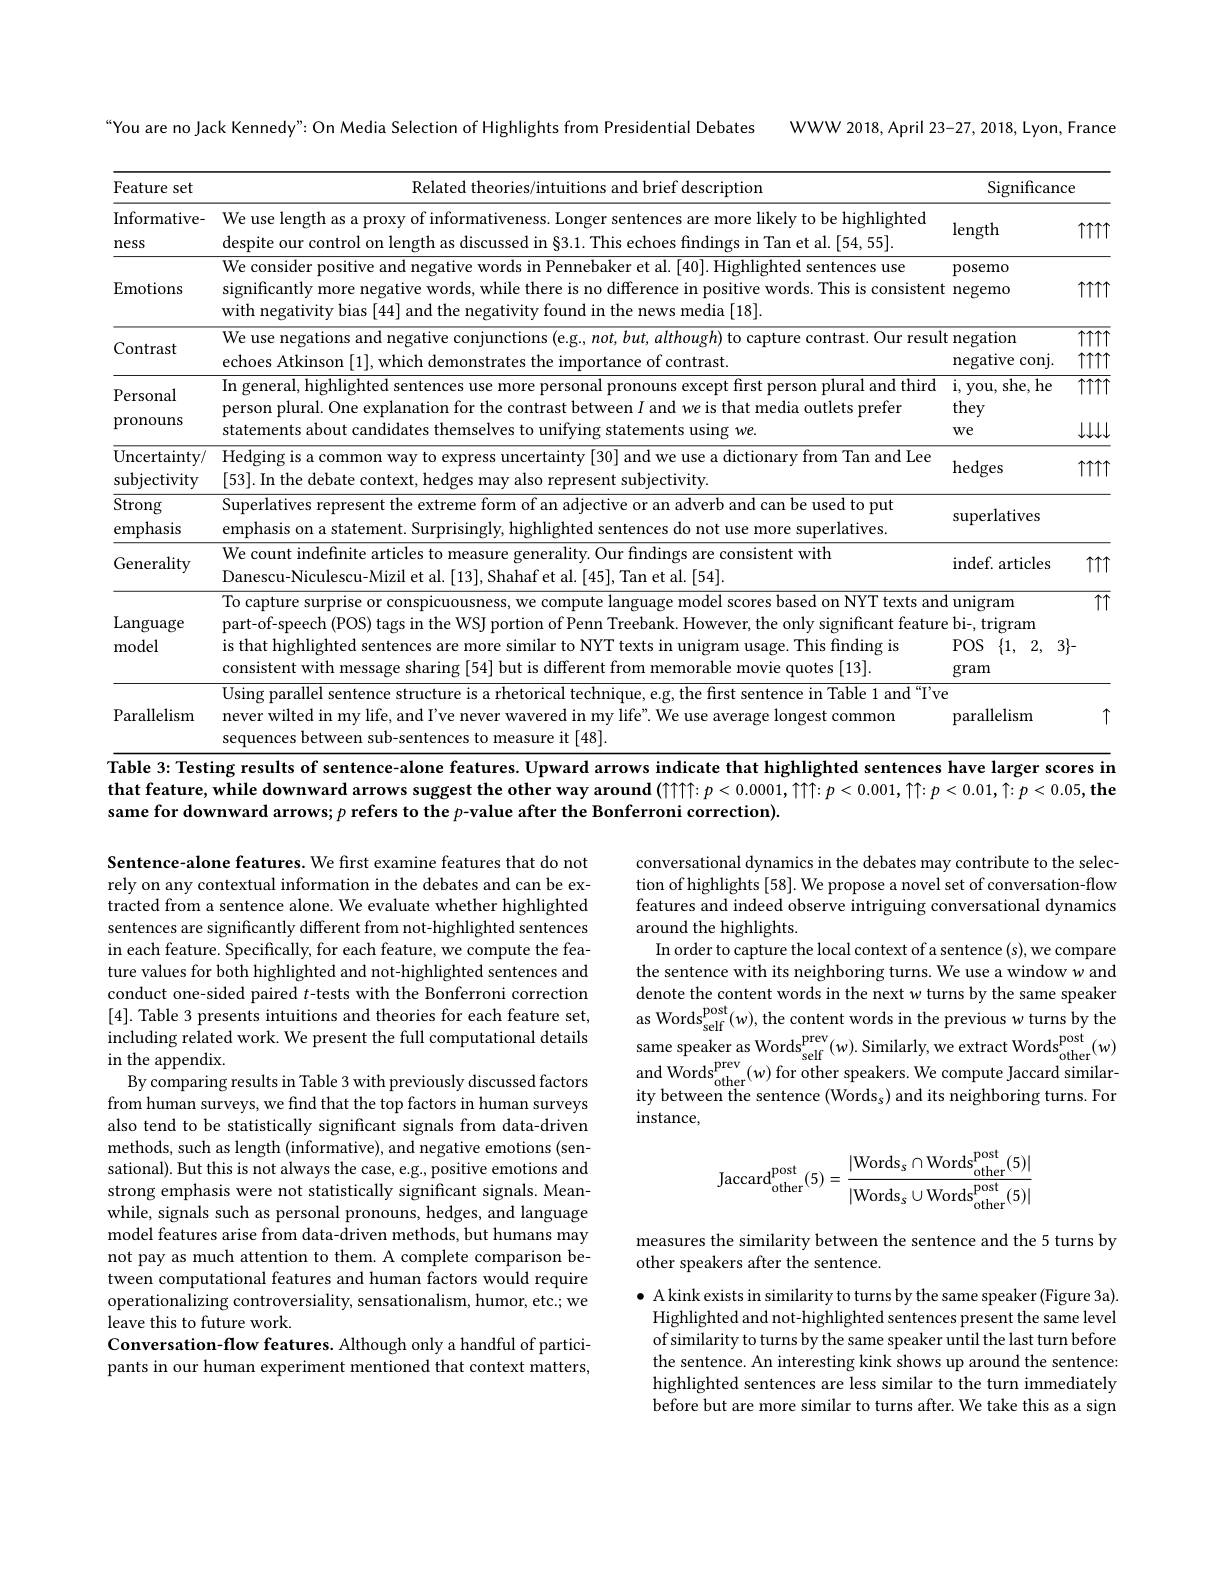
WWW 2018, April 23-27, 2018, Lyon, France

You are no Jack Kennedy" On Media Selection of Highlights from Presidential Debates

<table>
	<tbody>
		<tr>
			<th>Feature set</th>
			<th rowspan="1">eature set Related theories/intuitions and brief description</th>
			<th>Significande</th>
			<th rowspan="1">Significance</th>
		</tr>
		<tr>
			<th>Informative- ness</th>
			<th>We use length as a proxy of informativeness. Longer sentences are more likely to be highlighted despite our control on length as discussed in 83.1. This echoes findings in Tan et al.[54,55]</th>
			<th>length</th>
			<th>$\uparrow\uparrow\uparrow\uparrow\uparrow$</th>
		</tr>
		<tr>
			<td>Emotions</td>
			<td>We consider positive and negative words in Pennebaker et al. [40]. Highlighted sentences use significantly more negative words, while there is no difference in positive words. This is consistent with negativity bias [44] and the negativity found in the news media [18].</td>
			<td>posemo negemo</td>
			<td>$\uparrow\uparrow\uparrow\uparrow\uparrow$</td>
		</tr>
		<tr>
			<td>Contrast</td>
			<td>We use negations and negative conjunctions (e.g., not, but, although) to capture contrast. Our resulte stion ( echoes Atkinson [1],which demonstrates the importance of contrast</td>
			<td>t negation negative conj.</td>
			<td>$\overline{\uparrow\uparrow\uparrow\uparrow}$ $\uparrow\uparrow\uparrow\uparrow\uparrow$</td>
		</tr>
		<tr>
			<td>Personal pronouns</td>
			<td>In general, highlighted sentences use more personal pronouns except first person plural and third person plural. One explanation for the contrast between $I$ and we is that media outlets prefer statements about candidates themselves to unifying statements using we.</td>
			<td>i, you, she, he they $We$</td>
			<td>$\overline{\uparrow\uparrow\uparrow\uparrow}$ $\downarrow\downarrow\downarrow\downarrow$</td>
		</tr>
		<tr>
			<td>Uncertainty/ subjectivity</td>
			<td>Hedging is a common way to express uncertainty [30] and we use a dictionary from Tan and Lee 53|. In the debate context, hedges may also represent subjectivitv</td>
			<td>hedges</td>
			<td>$\uparrow\uparrow\uparrow\uparrow\uparrow$</td>
		</tr>
		<tr>
			<td>Strong emphasis</td>
			<td>Superlatives represent the extreme form of an adjective or an adverb and can be used to put emphasis on a statement. Surprisingly, highlighted sentences do not use more superlatives</td>
			<td>superlatives</td>
			<td> </td>
		</tr>
		<tr>
			<td>Generality</td>
			<td>We count indefinite articles to measure generality. Our findings are consistent with Danescu-Niculescu-Mizil et al.[13], Shahaf et al.[45], Tan et al.[54]</td>
			<td>indef. articles</td>
			<td>$\uparrow\uparrow\uparrow\uparrow$</td>
		</tr>
		<tr>
			<td>$\operatorname{Language}$ model</td>
			<td>To capture surprise or conspicuousness, we compute language model scores based on NYT texts and part-of-speech (POS) tags in the WSJ portion of Penn Treebank. However, the only significant featuro is that highlighted sentences are more similar to NYT texts in unigram usage. This finding is consistent with message sharing $\{54\}$ but is different from memorable movie quotes [13].</td>
			<td>${\textbf{1 unigram}}$ ${\mathrm{e~bi-,~trigram}}$ $\{ 1$, 2 $POS$ 2, gram</td>
			<td>$\uparrow\uparrow$ $\{-$</td>
		</tr>
		<tr>
			<td>Parallelism</td>
			<td>Using parallel sentence structure is a rhetorical technique, e.g, the first sentence in Table 1 and "Ve never wilted in my life, and I've never wavered in my life". We use average longest common sub-sentence sure it[48]</td>
			<td>3 parallelism</td>
			<td>$\uparrow$</td>
		</tr>
	</tbody>
</table>
Table 3: Testing results of sentence-alone features. Upward arrows indicate that highlighted sentences have larger scores in

that feature, while downward arrows suggest the other way around $(\bigcap\bigcap\bigcap\cap\mid p<0.0001,\bigcap\bigcap\cap:p<0.001,\uparrow\uparrow:p<0.01,\uparrow:p<0.05,\mathbf{the}$
same for downward arrows; $p\textbf{ refers to the }p\textbf{- value after the Bonferroni correction}) .$

conversational dynamics in the debates may contribute to the selection of highlights [58]. We propose a novel set of conversation-flow features and indeed observe intriguing conversational dynamics around the highlights.
In order to capture the local context of a sentence (s), we compare the sentence with its neighboring turns. We use a window w and denote the content words in the next w turns by the same speaker as Words$_\mathrm{self}^{\mathrm{post}}(w)$,the content words in the previous w turns by the same speaker as Words$_\mathrm{self}^{\mathrm{prev}}(w).$ Similarly, we extract Words$_\mathrm{other}^{\mathrm{post}}(w)$ $\begin{array}{c}{\mathrm{and~Words_{other}^{prev}(w)~for~other~speakers.~We~compute~Jaccard~similar-}}\\{\mathrm{ity~between~the~sentence~(Words_s)~and~its~neighboring~turns.~For}}\end{array}$ $instance$,

Sentence-alone features. We first examine features that do not rely on any contextual information in the debates and can be extracted from a sentence alone. We evaluate whether highlighted sentences are significantly different from not-highlighted sentences in each feature. Specifically, for each feature, we compute the feature values for both highlighted and not-highlighted sentences and conduct one-sided paired $t$-tests with the Bonferroni correction [4]. Table 3 presents intuitions and theories for each feature set, including related work. We present the full computational details in the appendix.
By comparing results in Table 3 with previously discussed factors from human surveys, we find that the top factors in human surveys also tend to be statistically significant signals from data-driven methods, such as length (informative), and negative emotions (sensational). But this is not always the case, e.g., positive emotions and strong emphasis were not statistically significant signals. Meanwhile, signals such as personal pronouns, hedges, and language model features arise from data-driven methods, but humans may not pay as much attention to them. A complete comparison between computational features and human factors would require operationalizing controversiality, sensationalism, humor, etc.; we leave this to future work.
Conversation-flow features. Although only a handful of participants in our human experiment mentioned that context matters,
$$\mathrm{Jaccard}_{\mathrm{other}}^{\mathrm{post}}(5)=\frac{|\mathrm{Words}_{s}\cap\mathrm{Words}_{\mathrm{other}}^{\mathrm{post}}(5)|}{|\mathrm{Words}_{s}\cup\mathrm{Words}_{\mathrm{other}}^{\mathrm{post}}(5)|}$$
measures the similarity between the sentence and the 5 turns by
other speakers after the sentence.

$\bullet$ A kink exists in similarity to turns by the same speaker (Figure 3a). Highlighted and not-highlighted sentences present the same level of similarity to turns by the same speaker until the last turn before the sentence. An interesting kink shows up around the sentence: highlighted sentences are less similar to the turn immediately before but are more similar to turns after. We take this as a sign